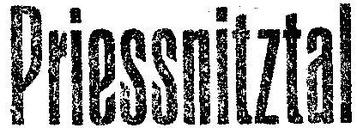
Priessnitztal